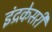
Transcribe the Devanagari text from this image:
इंद्रकेसरी